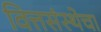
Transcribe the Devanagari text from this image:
वित्तसंस्थेचा